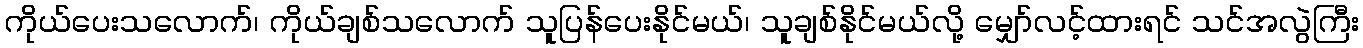
ကိုယ်ပေးသလောက်၊ ကိုယ်ချစ်သလောက် သူပြန်ပေးနိုင်မယ်၊ သူချစ်နိုင်မယ်လို့ မျှော်လင့်ထားရင် သင်အလွဲကြီး